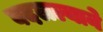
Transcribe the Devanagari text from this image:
बदलल्याने